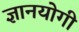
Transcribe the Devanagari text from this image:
ज्ञानयोगी